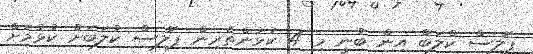
ޕޮލިސް ކްލަބް އިން ބުނީ މި 4 ކުޅުންތެރިން ޕޮލިސް ކުލަބަށް ކުޅުމަށް